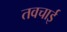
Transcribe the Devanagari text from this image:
तवचाई